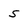
Character: 5